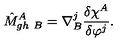
\hat { M } _ { g h \ B } ^ { A } = \nabla _ { B } ^ { j } \frac { \delta \chi ^ { A } } { \delta \varphi ^ { j } } .